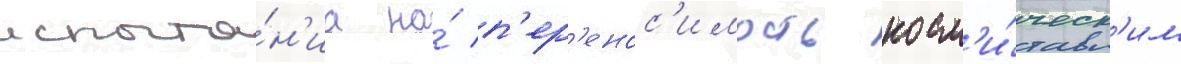
испыта́н'иа на́ п'ер'енос'имость косм'и́ческ'им